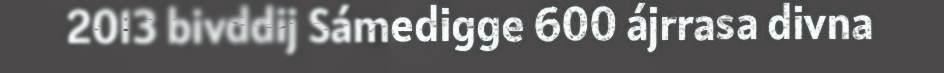
2013 bivddij Sámedigge 600 ájrrasa divna